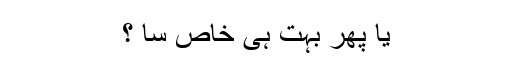
یا پھر بہت ہی خاص سا ؟